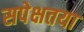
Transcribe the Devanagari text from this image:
सपेक्षतया